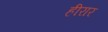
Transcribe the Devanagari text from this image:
हीरार